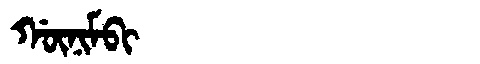
Manchu: ᡤᡡᠨᡳᠮᠪᡳ
Romanization: GŪNIMBI